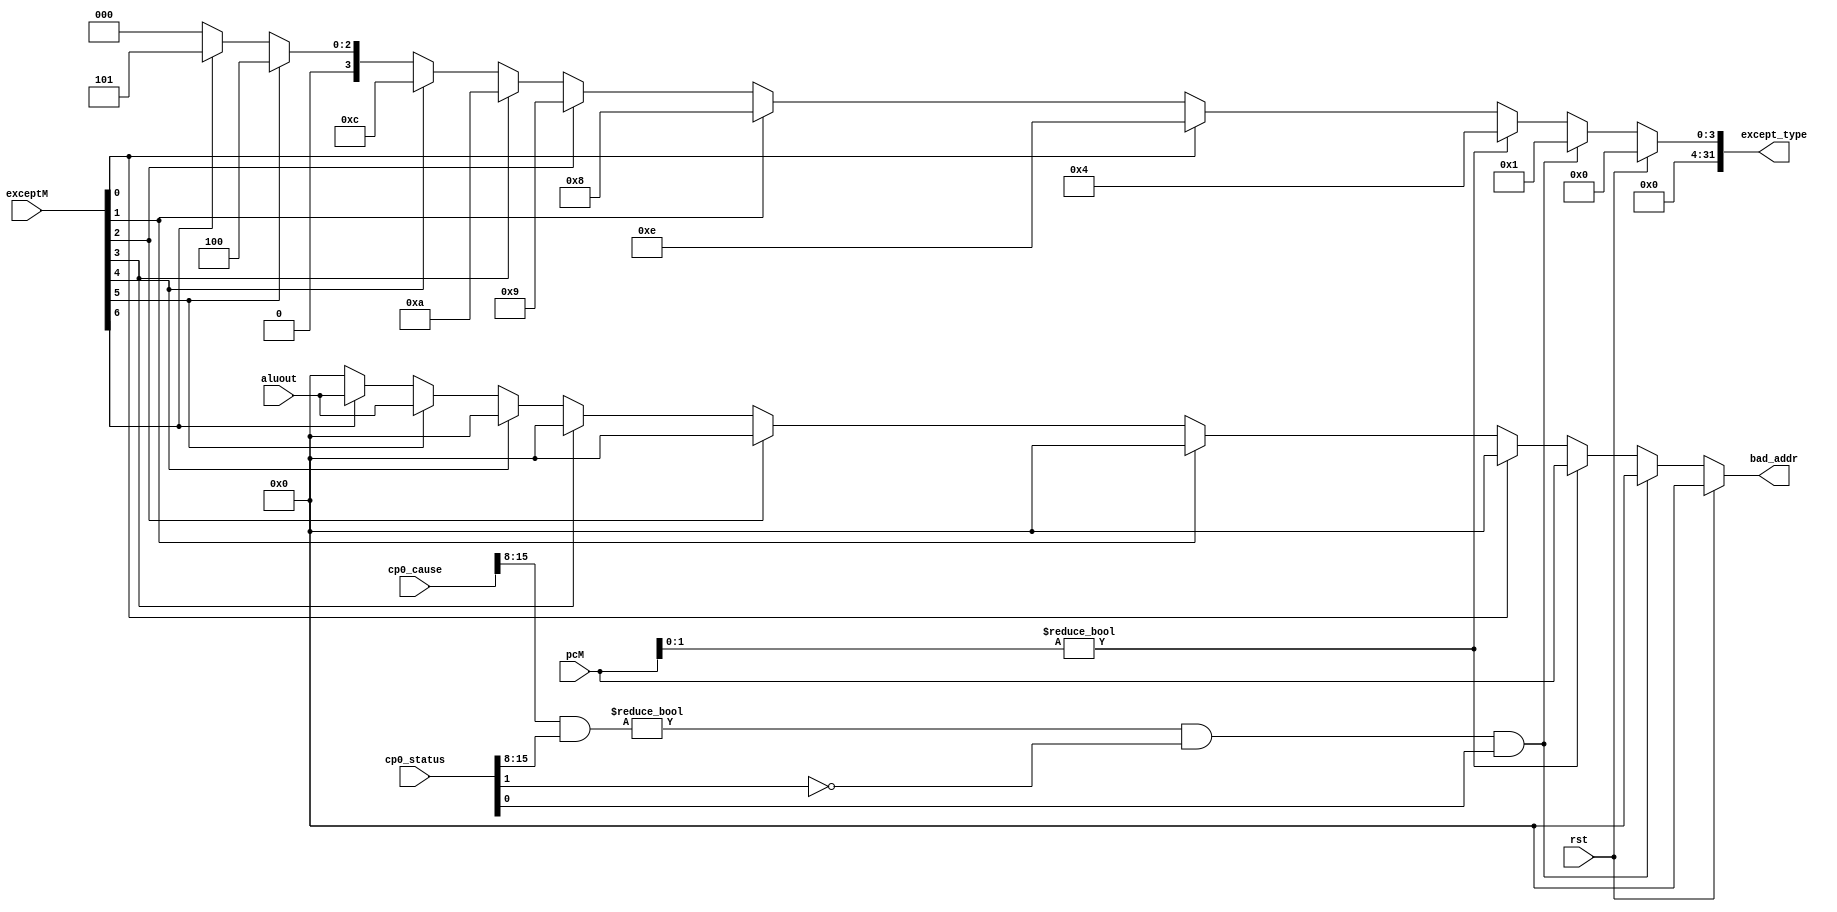
`timescale 1ns / 1ps
// 
// except[6:0] = {0: eret, 1: syscall, 2: break, 3: reserve, 4: overflow, 5: adelM, 6: adesM}
//ExcCode:
	// 0x00 
	// 0x04 
	// 0x05 
	// 0x08  
	// 0x09 
	// 0x0a 
	// 0x0c 
module except (
    input wire rst, 
    input wire [31:0] pcM,
    input wire [6:0] exceptM,
    input wire [31:0] cp0_status,
    input wire [31:0] cp0_cause,
    input wire [31:0] aluout,
    output wire [31:0] except_type,
    output wire [31:0] bad_addr
);
    	// exception type
	assign except_type = (rst)? 32'h0000_0000:
	                      ((cp0_cause[15:8] & cp0_status[15:8]) != 8'h00 && cp0_status[1] == 1'b0 && cp0_status[0] == 1'b1)? 32'h0000_0001: // interrupt
						  (pcM[1:0]!=2'b00)? 32'h0000_0004: // AdEL
						  (exceptM[0])? 32'h0000_000e: // eret
						  (exceptM[1])? 32'h0000_0008: // syscall
						  (exceptM[2])? 32'h0000_0009: // break
						  (exceptM[3])? 32'h0000_000a: // reserve
						  (exceptM[4])? 32'h0000_000c: // overflow
						  (exceptM[5])? 32'h0000_0004: // adelM
						  (exceptM[6])? 32'h0000_0005: // adesM
						  32'h0;

    // bad address 
	assign bad_addr = (rst)? 32'h0:
					  ((cp0_cause[15:8] & cp0_status[15:8]) != 8'h00 && cp0_status[1] == 1'b0 && cp0_status[0] == 1'b1)? 32'h0:
					  (pcM[1:0]!=2'b00)? pcM:
					  (exceptM[0])? 32'h0:
					  (exceptM[1])? 32'h0:
					  (exceptM[2])? 32'h0:
					  (exceptM[3])? 32'h0:
					  (exceptM[4])? 32'h0:
					  (exceptM[5])? aluout:
					  (exceptM[6])? aluout:
					  32'h0;                      
endmodule